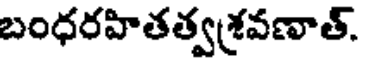
బంధరహితత్వశ్రవణాత్.